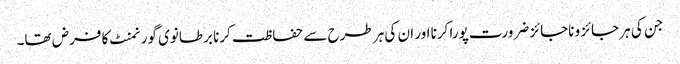
جن کی ہر جائز و ناجائز ضرورت پورا کرنا اور ان کی ہر طرح سے حفاظت کرنا برطانوی گورنمنٹ کا فرض تھا۔